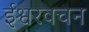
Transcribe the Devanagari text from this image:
ईश्वरवचन